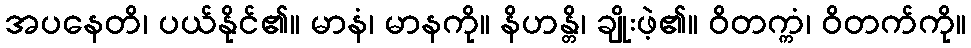
အပနေတိ၊ ပယ်နိုင်၏။ မာနံ၊ မာနကို။ နိဟန္တိ၊ ချိုးဖဲ့၏။ ဝိတက္ကံ၊ ဝိတက်ကို။